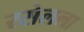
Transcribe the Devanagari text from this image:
रसेलला